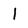
Character: l